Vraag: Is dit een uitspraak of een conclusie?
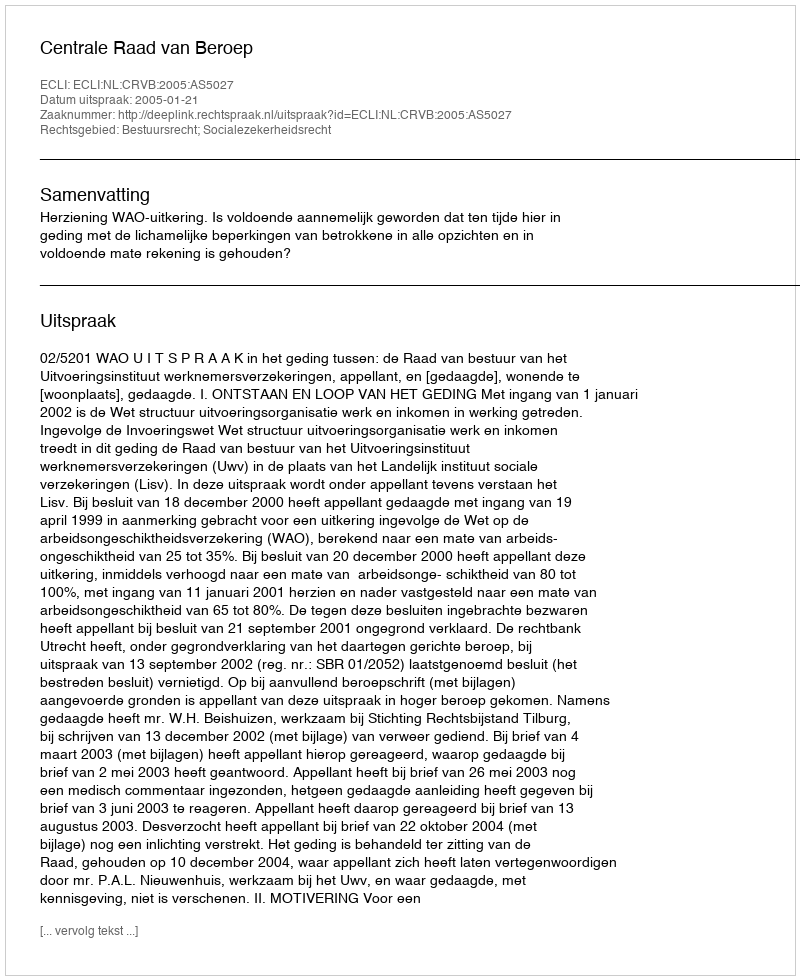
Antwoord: Uitspraak